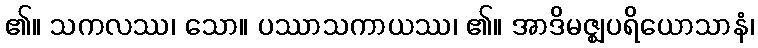
၏။ သကလဿ၊ သော။ ပဿာသကာယဿ၊ ၏။ အာဒိမဇ္ဈပရိယောသာနံ၊